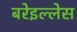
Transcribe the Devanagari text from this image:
बरेइल्लेस